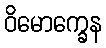
ဝိမောက္ခေန